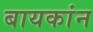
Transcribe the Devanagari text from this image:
बायकांन